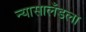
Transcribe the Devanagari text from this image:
न्यासालँडला